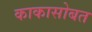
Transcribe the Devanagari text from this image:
काकासोबत